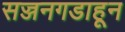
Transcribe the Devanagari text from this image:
सज्जनगडाहून